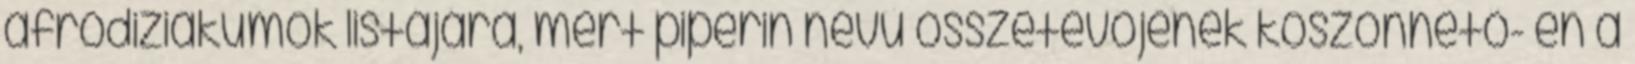
afrodiziákumok listájára, mert piperin nevű összetevőjének köszönhető- en a